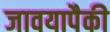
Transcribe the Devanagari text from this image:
जावयापैकी